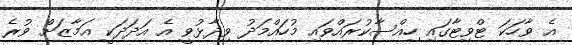
އެ ވާހަކަ ޓްވިޓާގައި ހިއްސާކުރައްވައި މުހައްމަދު ވިދާޅުވީ އެ އަދަދަކީ އަމާޒަށް ވުރެ